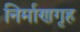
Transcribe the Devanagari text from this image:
निर्माणगृह